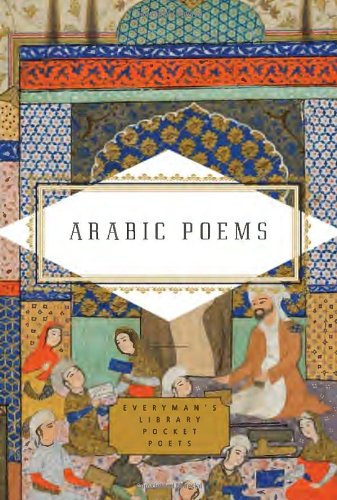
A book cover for Arabic Poems (Everyman's Library Pocket Poets); Literature & Fiction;